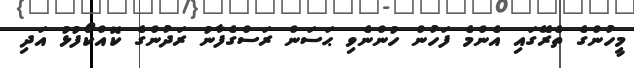
މީހުންގެ ތެރޭގައި އެންމެ ފަހުން ހުންނެވި ޙަސަން ރަސްގެފާނު ރަދުންގެ ކޮއްކޯފުޅު އަދި